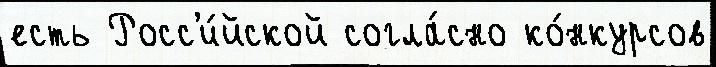
есть Росс'и́йской согла́сно ко́нкурсов